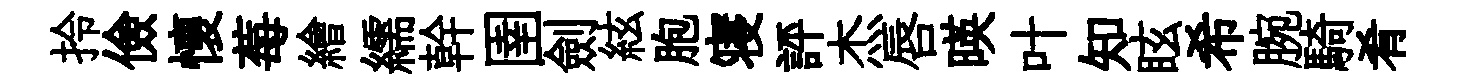
拎儉懷莓繪繻幹圉劍絃胞寝評杰唇暎叶知眩希腕騎肴